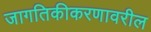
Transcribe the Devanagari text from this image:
जागतिकीकरणावरील